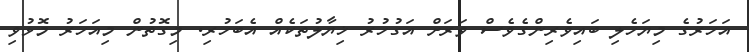
އަހަރުގެ މިޔަހެލި ބައިވެރިންގެވެސް ވަރަށް އަގުހުރު ޚިޔާލުތަކެއް އެބަހުރި. މިގޮތުން މިއަހަރު މޮޅުވި